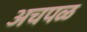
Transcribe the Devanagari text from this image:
अचपळ